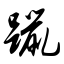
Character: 躐